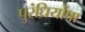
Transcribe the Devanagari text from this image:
पुरंध्रिर्योषा